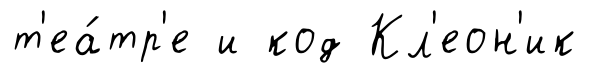
т'еа́тр'е и код Кл'еон'ик